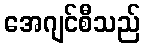
အေဂျင်စီသည်